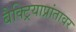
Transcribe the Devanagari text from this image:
बैक्ट्रियाप्रांतावर